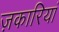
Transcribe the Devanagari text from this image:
ज़कारियां